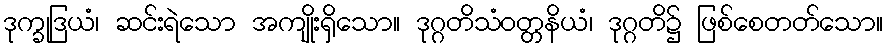
ဒုက္ခုဒြယံ၊ ဆင်းရဲသော အကျိုးရှိသော။ ဒုဂ္ဂတိသံဝတ္တနိယံ၊ ဒုဂ္ဂတိ၌ ဖြစ်စေတတ်သော။